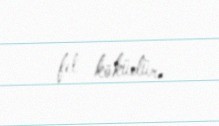
fel köküdür.